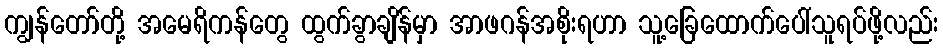
ကျွန်တော်တို့ အမေရိကန်တွေ ထွက်ခွာချိန်မှာ အာဖဂန်အစိုးရဟာ သူ့ခြေထောက်ပေါ်သူရပ်ဖို့လည်း